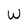
Character: W